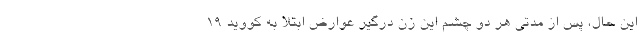
این حال، پس از مدتی هر دو چشم این زن درگیر عوارض ابتلا به کووید ۱۹